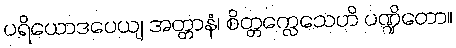
ပရိယောဒပေယျ အတ္တာနံ၊ စိတ္တက္လေသေဟိ ပဏ္ဍိတော။